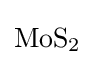
{\mathrm {MoS} {\vphantom {A}}_{\smash[{t}]{2}}}